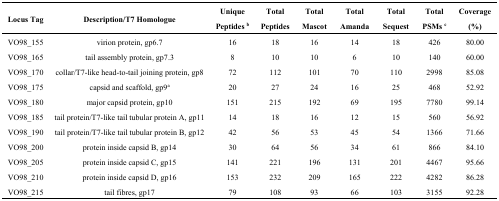
<table><thead><tr><td><b>Locus Tag</b></td><td><b>Description/T7 Homologue</b></td><td><b>Unique Peptides <sup>b</sup></b></td><td><b>Total Peptides</b></td><td><b>Total Mascot</b></td><td><b>Total Amanda</b></td><td><b>Total Sequest</b></td><td><b>Total PSMs <sup>c</sup></b></td><td><b>Coverage (%)</b></td></tr></thead><tbody><tr><td>VO98_155</td><td>virion protein, gp6.7</td><td>16</td><td>18</td><td>16</td><td>14</td><td>18</td><td>426</td><td>80.00</td></tr><tr><td>VO98_165</td><td>tail assembly protein, gp7.3</td><td>8</td><td>10</td><td>10</td><td>6</td><td>10</td><td>140</td><td>60.00</td></tr><tr><td>VO98_170</td><td>collar/T7-like head-to-tail joining protein, gp8</td><td>72</td><td>112</td><td>101</td><td>70</td><td>110</td><td>2998</td><td>85.08</td></tr><tr><td>VO98_175</td><td>capsid and scaffold, gp9<sup>a</sup></td><td>20</td><td>27</td><td>24</td><td>16</td><td>25</td><td>468</td><td>52.92</td></tr><tr><td>VO98_180</td><td>major capsid protein, gp10</td><td>151</td><td>215</td><td>192</td><td>69</td><td>195</td><td>7780</td><td>99.14</td></tr><tr><td>VO98_185</td><td>tail protein/T7-like tail tubular protein A, gp11</td><td>14</td><td>18</td><td>16</td><td>12</td><td>15</td><td>560</td><td>56.92</td></tr><tr><td>VO98_190</td><td>tail protein/T7-like tail tubular protein B, gp12</td><td>42</td><td>56</td><td>53</td><td>45</td><td>54</td><td>1366</td><td>71.66</td></tr><tr><td>VO98_200</td><td>protein inside capsid B, gp14</td><td>30</td><td>64</td><td>56</td><td>34</td><td>61</td><td>866</td><td>84.10</td></tr><tr><td>VO98_205</td><td>protein inside capsid C, gp15</td><td>141</td><td>221</td><td>196</td><td>131</td><td>201</td><td>4467</td><td>95.66</td></tr><tr><td>VO98_210</td><td>protein inside capsid D, gp16</td><td>153</td><td>232</td><td>209</td><td>165</td><td>222</td><td>4282</td><td>86.28</td></tr><tr><td>VO98_215</td><td>tail fibres, gp17</td><td>79</td><td>108</td><td>93</td><td>66</td><td>103</td><td>3155</td><td>92.28</td></tr></tbody></table>